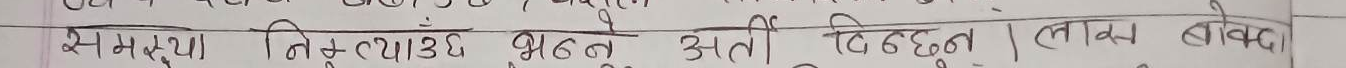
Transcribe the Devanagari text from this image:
समस्या नियन्त्रण होइन अति दिइन्छु। लाख बोक्दा